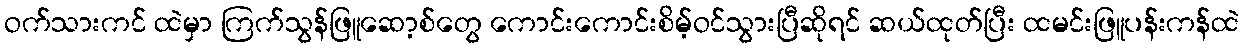
ဝက်သားကင် ထဲမှာ ကြက်သွန်ဖြူဆော့စ်တွေ ကောင်းကောင်းစိမ့်ဝင်သွားပြီဆိုရင် ဆယ်ထုတ်ပြီး ထမင်းဖြူပန်းကန်ထဲ